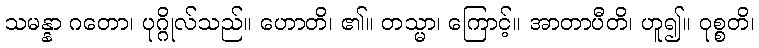
သမန္နာ ဂတော၊ ပုဂ္ဂိုလ်သည်။ ဟောတိ၊ ၏။ တသ္မာ၊ ကြောင့်။ အာတာပီတိ၊ ဟူ၍။ ဝုစ္စတိ၊